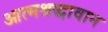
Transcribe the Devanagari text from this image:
आत्मश्रद्धावान